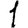
Digit: 1